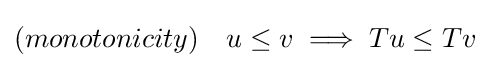
(monotonicity)\quad u\leq v\implies Tu\leq Tv